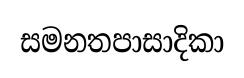
සමනතපාසාදිකා